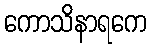
ကောသိနာရကေ